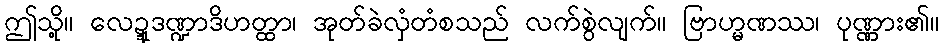
ဤသို့။ လေဍ္ဍုဒဏ္ဍာဒိဟတ္ထာ၊ အုတ်ခဲလှံတံစသည် လက်စွဲလျက်။ ဗြာဟ္မဏဿ၊ ပုဏ္ဏား၏။